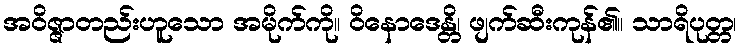
အဝိဇ္ဇာတည်းဟူသော အမိုက်ကို။ ဝိနောဒေန္တိ၊ ဖျက်ဆီးကုန်၏။ သာရိပုတ္တ၊